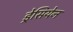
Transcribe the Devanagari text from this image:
ड्रेसियेन